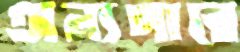
অন্যপারে